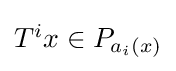
{\textstyle T^{i}x\in P_{a_{i}(x)}}